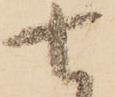
七